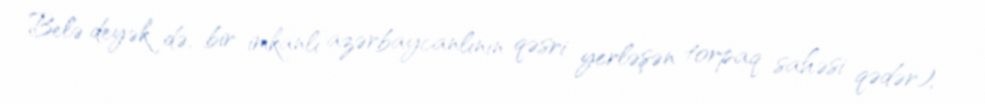
Belə deyək də, bir imkanlı azərbaycanlının qəsri yerləşən torpaq sahəsi qədər),